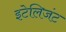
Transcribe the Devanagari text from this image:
इटेलिजंट